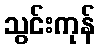
သွင်းကုန်